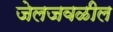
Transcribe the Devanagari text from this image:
जेलजवळील